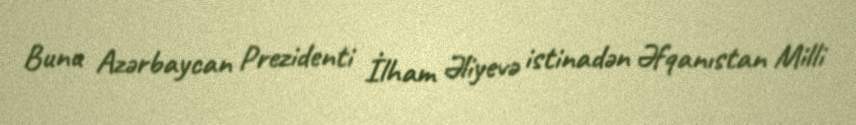
Bunu Azərbaycan Prezidenti İlham Əliyevə istinadən Əfqanıstan Milli